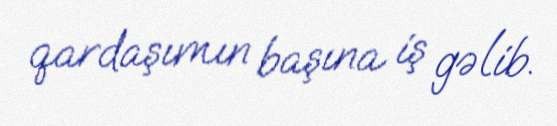
qardaşımın başına iş gəlib.